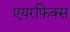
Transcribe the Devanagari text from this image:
एयरफिक्स